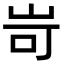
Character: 岢